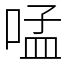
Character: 𠵼